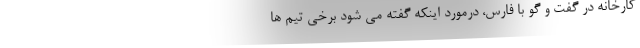
کارخانه در گفت و گو با فارس، درمورد اینکه گفته می شود برخی تیم ها